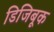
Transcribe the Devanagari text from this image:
डिजिबूक